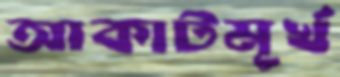
আকাটমূর্খ